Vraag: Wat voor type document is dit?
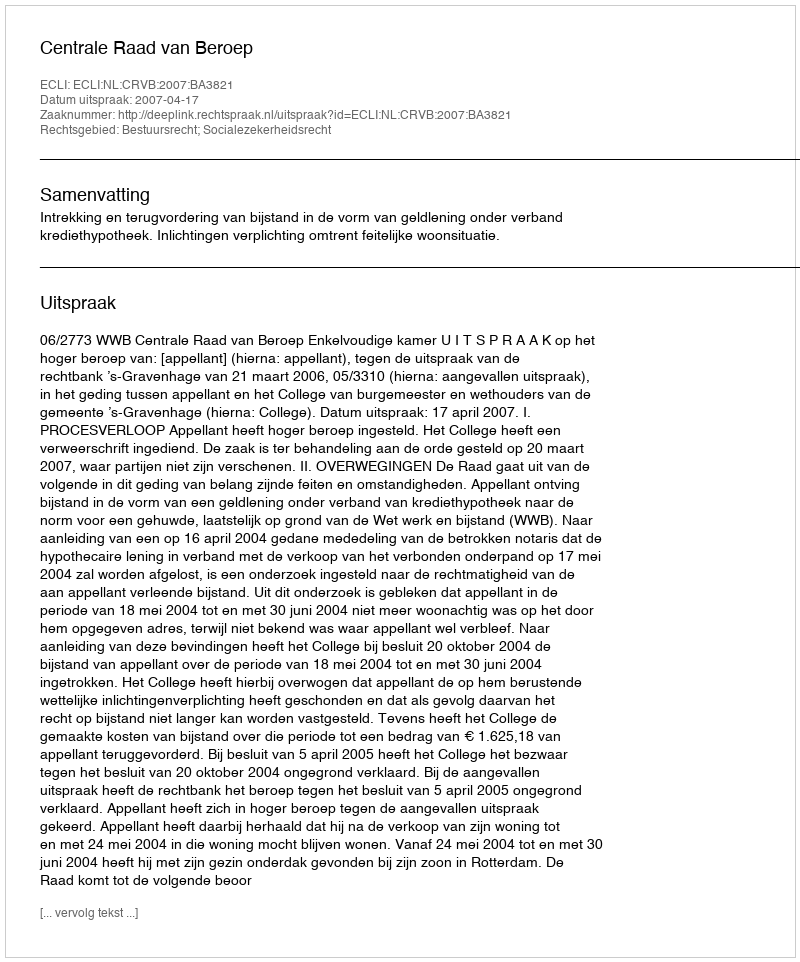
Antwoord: Uitspraak